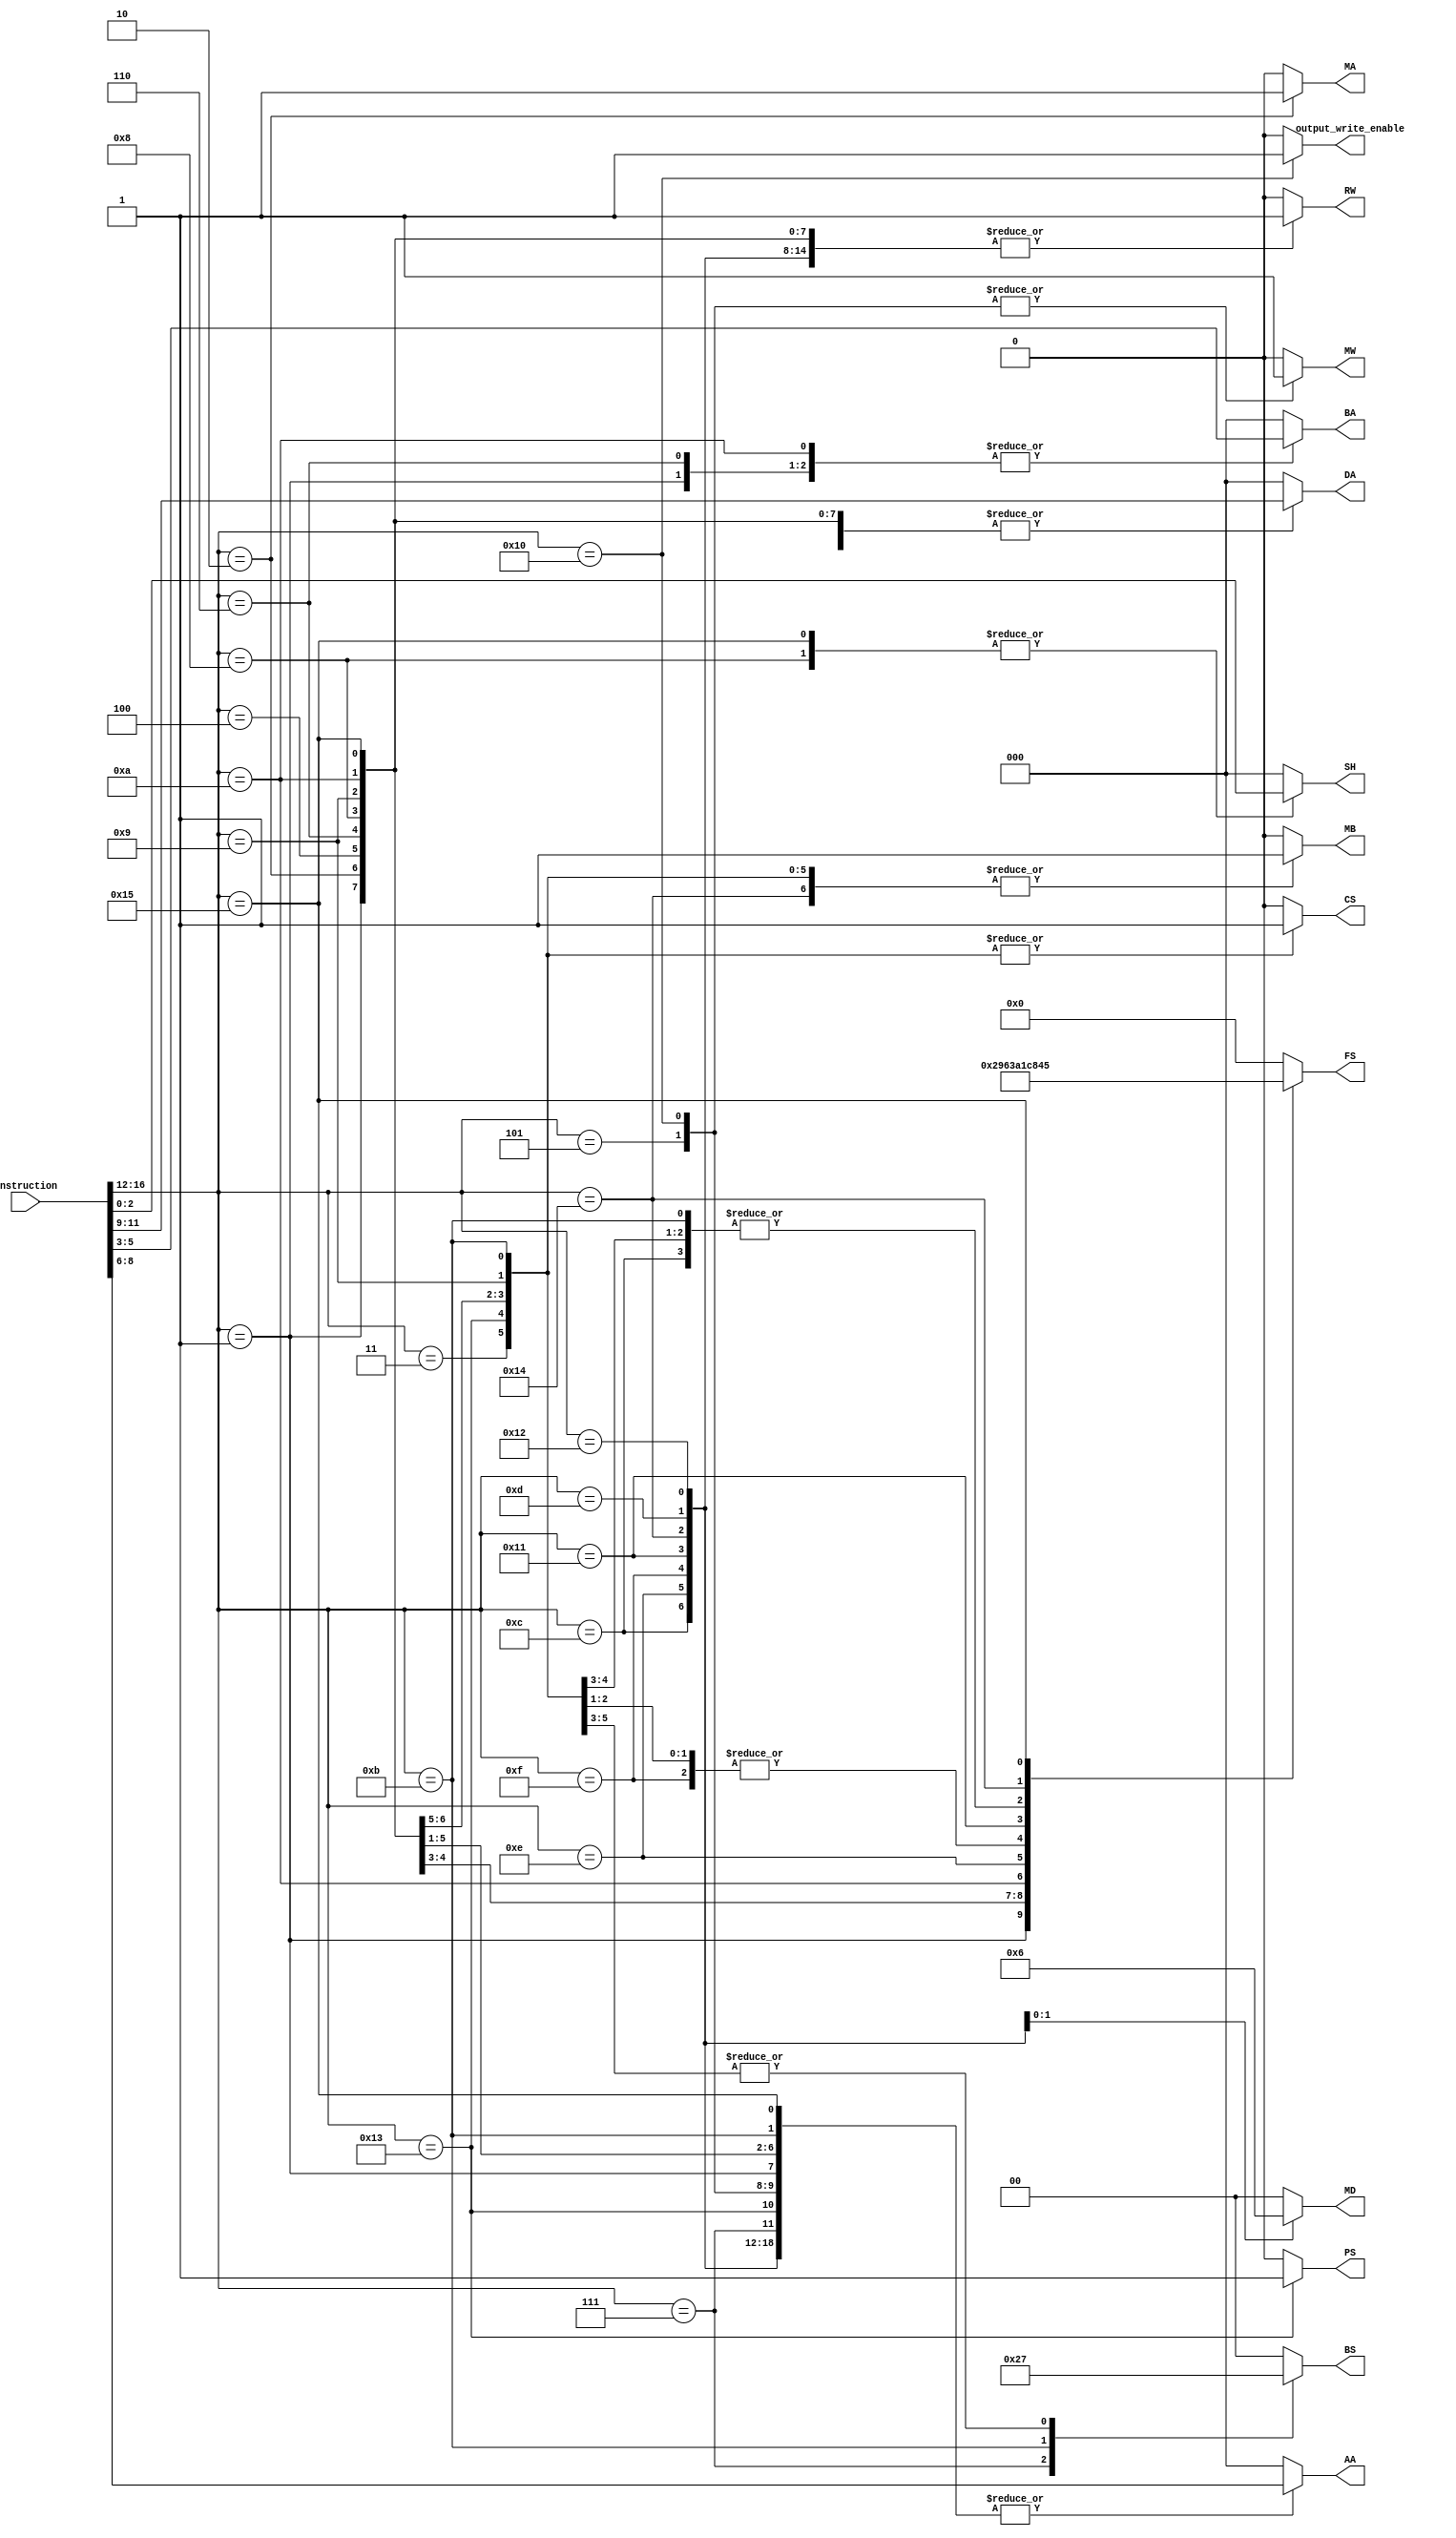
`timescale 1ns / 1ps

module inst_decoder(
    input [16:0] instruction,
    output  RW,
    output  [2:0] DA,//DA WIREddress,
    output [1:0] MD ,//muxd select,
    output [1:0] BS, //branch select,
    output PS,//zero toggle,
    output MW,//memory_write,
    output [3:0] FS,//function select
    output MA,//mux a select 
    output MB,// mux  b select 
    output [2:0]AA, //register a address
    output [2:0]BA, // register b address
    output CS, // constant AA_WIRE
    output [2:0] SH, //shift registers
    output output_write_enable );
    
parameter NOP = 5'b00000; // nop
parameter SUB = 5'b00001; // sub r1,r2,r3
parameter JML = 5'b00010; // jml r2, r3
parameter JMP =	5'b00011; // jmp [r2]
parameter AIU =	5'b00100; // aiu r3,r2,06H
parameter ST  = 5'b00101; // st [r2] r1
parameter AND = 5'b00110; // and r3,r2,r1
parameter JMR =	5'b00111; // jmp r2
parameter LSL =	5'b01000; // lsl r3 , 03H
parameter ADI = 5'b01001; // add r3 r2 03H 
parameter OR  = 5'b01010; // xor r4 r3 r2
parameter BZ  = 5'b01011; // bz r2 20H
parameter MOV = 5'b01100; // mov r2 r1
parameter LD  = 5'b01101; // ld r4 [r1]
parameter SLT = 5'b01110; // slt r3 r2 r1
parameter ADD = 5'b01111; // add r3 r2 r1
parameter OUT = 5'b10000; // out r3 [r2] 
parameter NOT = 5'b10001; // not r2 
parameter IN  = 5'b10010; // in r7 [r4]
parameter BNZ = 5'b10011; // bnz r2
parameter XRI = 5'b10100; // or r3 r2 35H
parameter LSR = 5'b10101; // lsR r3 , 03H

reg RW_WIRE;
reg [2:0] DA_WIRE;  //DA WIREtAA WIREddress,
reg[1:0] MD_WIRE ;//muxd select,
reg[1:0] BS_WIRE;  //branch select,
reg  PS_WIRE ; //zero toggle,
reg  MW_WIRE ; //memory write,
reg [3:0] FS_WIRE; //function select
reg MA_WIRE ; //mux a select 
reg MB_WIRE ; // mux  b select 
reg [2:0]AA_WIRE ; //register a address
reg [2:0]BA_WIRE ; // register b address
reg CS_WIRE ; // constant AA WIRE
reg [2:0] SH_WIRE;
reg [4:0] opcode;
reg output_write_enable_wire;

always@(*) begin

opcode = instruction[16:12]; 

case(opcode)
    NOP:begin    //1
    RW_WIRE = 1'b0; DA_WIRE = 3'b000; MD_WIRE = 2'b00;BS_WIRE = 2'b00;PS_WIRE = 1'b0;MW_WIRE = 1'b0;FS_WIRE = 4'b0000; MA_WIRE = 1'b0; MB_WIRE = 1'b0; AA_WIRE = 3'b000; BA_WIRE = 3'b000; CS_WIRE = 1'b0;SH_WIRE=3'h0; output_write_enable_wire = 1'b0;
    end 
    SUB:begin // 2
    RW_WIRE = 1'b1; DA_WIRE = instruction[11:9]; MD_WIRE = 2'b00;BS_WIRE = 2'b00;PS_WIRE = 1'b0;MW_WIRE = 1'b0;FS_WIRE = 4'b0010; MA_WIRE = 1'b0; MB_WIRE = 1'b0; AA_WIRE = instruction[8:6]; BA_WIRE = instruction[5:3]; CS_WIRE = 1'b0;SH_WIRE = 3'h0; output_write_enable_wire = 1'b0; 
    end 
    JML:begin   //3
    RW_WIRE = 1'b1; DA_WIRE = instruction[11:9]; MD_WIRE = 2'b00;BS_WIRE = 2'b11;PS_WIRE = 1'b0;MW_WIRE = 1'b0 ;FS_WIRE = 4'b1000; MA_WIRE = 1'b1; MB_WIRE = 1'b1; AA_WIRE = 3'b000; BA_WIRE = 3'b000; CS_WIRE = 1'b1;SH_WIRE = 3'h0;SH_WIRE=3'h0; output_write_enable_wire = 1'b0; 
    end 
    JMP:begin //4
    RW_WIRE = 1'b0; DA_WIRE = 3'b000; MD_WIRE = 2'b00;BS_WIRE = 2'b11;PS_WIRE = 1'b0;MW_WIRE = 1'b0;FS_WIRE = 4'b0000; MA_WIRE = 1'b0; MB_WIRE = 1'b1; AA_WIRE = 3'b000; BA_WIRE = 3'b000; CS_WIRE = 1'b1;SH_WIRE = 3'h0;  output_write_enable_wire = 1'b0; 
    end 
    AIU:begin //5
    RW_WIRE = 1'b1; DA_WIRE = instruction[11:9]; MD_WIRE = 2'b00;BS_WIRE = 2'b00;PS_WIRE = 1'b0;MW_WIRE = 1'b0;FS_WIRE = 4'b0001; MA_WIRE = 1'b0; MB_WIRE = 1'b1; AA_WIRE = instruction[8:6]; BA_WIRE = 3'b000; CS_WIRE = 1'b1;SH_WIRE = 3'h0; output_write_enable_wire = 1'b0; 
    end
    ST:begin  //6
    RW_WIRE = 1'b0; DA_WIRE = instruction[11:9]; MD_WIRE = 2'b00;BS_WIRE = 2'b00;PS_WIRE = 1'b0;MW_WIRE = 1'b1;FS_WIRE = 4'b0000; MA_WIRE = 1'b0; MB_WIRE = 1'b0; AA_WIRE = instruction[8:6]; BA_WIRE = instruction[5:3]; CS_WIRE = 1'b0; SH_WIRE = 3'h0;output_write_enable_wire = 1'b0; 
    end 
    AND:begin  //7
    RW_WIRE = 1'b1; DA_WIRE = instruction[11:9]; MD_WIRE = 2'b00;BS_WIRE = 2'b00;PS_WIRE = 1'b0;MW_WIRE = 1'b0;FS_WIRE = 4'b1001; MA_WIRE = 1'b0; MB_WIRE = 1'b0; AA_WIRE = instruction[8:6]; BA_WIRE = instruction[5:3]; CS_WIRE = 1'b0; SH_WIRE = 3'h0; output_write_enable_wire = 1'b0;
    end
    JMR:begin  //8
    RW_WIRE = 1'b0; DA_WIRE = 3'b000; MD_WIRE = 2'b00;BS_WIRE = 2'b10;PS_WIRE = 1'b0;MW_WIRE = 1'b0;FS_WIRE = 4'b0000; MA_WIRE = 1'b0; MB_WIRE = 1'b0; AA_WIRE = instruction[8:6]; BA_WIRE = 3'b000; CS_WIRE = 1'b0; SH_WIRE = 3'h0;output_write_enable_wire = 1'b0; 
    end 
    LSL:begin  //9
    RW_WIRE = 1'b1; DA_WIRE = instruction[11:9]; MD_WIRE = 2'b00;BS_WIRE = 2'b00;PS_WIRE = 1'b0;MW_WIRE = 1'b0;FS_WIRE = 4'b0110; MA_WIRE = 1'b0; MB_WIRE = 1'b0; AA_WIRE = instruction[8:6]; BA_WIRE = 3'b000; CS_WIRE = 1'b0;SH_WIRE = instruction[2:0];output_write_enable_wire = 1'b0;  
    end 
    ADI:begin  //10
    RW_WIRE = 1'b1; DA_WIRE = instruction[11:9]; MD_WIRE = 2'b00;BS_WIRE = 2'b00;PS_WIRE = 1'b0;MW_WIRE = 1'b0;FS_WIRE = 4'b0001; MA_WIRE = 1'b0; MB_WIRE = 1'b1; AA_WIRE = instruction[8:6]; BA_WIRE = 3'b000; CS_WIRE = 1'b1;SH_WIRE=3'h0;output_write_enable_wire = 1'b0;  
    end 
    OR:begin //11
    RW_WIRE = 1'b1; DA_WIRE = instruction[11:9]; MD_WIRE = 2'b00;BS_WIRE = 2'b00;PS_WIRE = 1'b0;MW_WIRE = 1'b0;FS_WIRE = 4'b0011; MA_WIRE = 1'b0; MB_WIRE = 1'b0; AA_WIRE = instruction[8:6]; BA_WIRE = instruction[5:3]; CS_WIRE = 1'b0;SH_WIRE=3'h0; output_write_enable_wire = 1'b0; 
    end
    BZ:begin  //12
    RW_WIRE = 1'b0; DA_WIRE = 3'b000; MD_WIRE = 2'b00;BS_WIRE = 2'b01;PS_WIRE = 1'b0;MW_WIRE = 1'b0;FS_WIRE = 4'b1000; MA_WIRE = 1'b0; MB_WIRE = 1'b1; AA_WIRE = instruction[8:6]; BA_WIRE = 3'b000; CS_WIRE = 1'b1;SH_WIRE =3'h0;output_write_enable_wire = 1'b0;  
    end 
    MOV:begin //13
    RW_WIRE = 1'b1; DA_WIRE = instruction[11:9]; MD_WIRE = 2'b00;BS_WIRE = 2'b00;PS_WIRE = 1'b0;MW_WIRE = 1'b0;FS_WIRE = 4'b1000; MA_WIRE = 1'b0; MB_WIRE = 1'b0; AA_WIRE = instruction[8:6]; BA_WIRE = 3'b000; CS_WIRE = 1'b0;SH_WIRE = 3'h0; output_write_enable_wire = 1'b0; 
    end 
    LD:begin  //14
    RW_WIRE = 1'b1; DA_WIRE = instruction[11:9]; MD_WIRE = 2'b01;BS_WIRE = 2'b00;PS_WIRE = 1'b0;MW_WIRE = 1'b0;FS_WIRE = 4'b0000; MA_WIRE = 1'b0; MB_WIRE = 1'b0; AA_WIRE = instruction[8:6]; BA_WIRE = 3'b000; CS_WIRE = 1'b0;SH_WIRE = 3'h0; output_write_enable_wire = 1'b0; 
    end 
    SLT:begin //15
    RW_WIRE = 1'b1; DA_WIRE = instruction[11:9]; MD_WIRE = 2'b00;BS_WIRE = 2'b00;PS_WIRE = 1'b0;MW_WIRE = 1'b0;FS_WIRE = 4'b1010; MA_WIRE = 1'b0; MB_WIRE = 1'b0; AA_WIRE = instruction[8:6]; BA_WIRE = instruction[5:3]; CS_WIRE = 1'b0;SH_WIRE = 3'h0;  output_write_enable_wire = 1'b0;
    end 
    ADD:begin //16
    RW_WIRE = 1'b1; DA_WIRE = instruction[11:9]; MD_WIRE = 2'b00;BS_WIRE = 2'b00;PS_WIRE = 1'b0;MW_WIRE = 1'b0;FS_WIRE = 4'b0001; MA_WIRE = 1'b0; MB_WIRE = 1'b0; AA_WIRE = instruction[8:6]; BA_WIRE = instruction[5:3]; CS_WIRE = 1'b0;SH_WIRE = 3'h0; output_write_enable_wire = 1'b0; 
    end
    OUT:begin  //17
    RW_WIRE = 1'b0; DA_WIRE = 3'b000; MD_WIRE = 2'b00;BS_WIRE = 2'b00;PS_WIRE = 1'b0;MW_WIRE = 1'b1;FS_WIRE = 4'b0000; MA_WIRE = 1'b0; MB_WIRE = 1'b0; AA_WIRE = instruction[8:6]; BA_WIRE = instruction[5:3]; CS_WIRE = 1'b0;SH_WIRE=3'h0; output_write_enable_wire = 1'b1; 
    end 
    NOT:begin //18
    RW_WIRE = 1'b1; DA_WIRE = instruction[11:9]; MD_WIRE = 2'b00;BS_WIRE = 2'b00;PS_WIRE = 1'b0;MW_WIRE = 1'b0;FS_WIRE = 4'b1100; MA_WIRE = 1'b0; MB_WIRE = 1'b0; AA_WIRE = instruction[8:6]; BA_WIRE = 3'b000; CS_WIRE = 1'b0;SH_WIRE=3'h0; output_write_enable_wire = 1'b0; 
    end 
    IN:begin //19
    RW_WIRE = 1'b1; DA_WIRE = instruction[11:9]; MD_WIRE = 2'b10;BS_WIRE = 2'b00;PS_WIRE = 1'b0;MW_WIRE = 1'b0;FS_WIRE = 4'b0000; MA_WIRE = 1'b0; MB_WIRE = 1'b0; AA_WIRE = instruction[8:6]; BA_WIRE = 3'b000; CS_WIRE = 1'b0;SH_WIRE=3'h0; output_write_enable_wire = 1'b0; 
    end 
    BNZ:begin //20
    RW_WIRE = 1'b0; DA_WIRE = 3'b000; MD_WIRE = 2'b00;BS_WIRE = 2'b11;PS_WIRE = 1'b1;MW_WIRE = 1'b0;FS_WIRE = 4'b1000; MA_WIRE = 1'b0; MB_WIRE = 1'b1; AA_WIRE = instruction[8:6]; BA_WIRE = 3'b000; CS_WIRE = 1'b1;SH_WIRE= 3'h0; output_write_enable_wire = 1'b0; 
    end 
    XRI:begin  //21
    RW_WIRE = 1'b1; DA_WIRE = instruction[11:9]; MD_WIRE = 2'b00;BS_WIRE = 2'b00;PS_WIRE = 1'b0;MW_WIRE = 1'b0;FS_WIRE = 4'b0100; MA_WIRE = 1'b0; MB_WIRE = 1'b1; AA_WIRE = instruction[8:6]; BA_WIRE = 3'b000; CS_WIRE = 1'b0;SH_WIRE=3'h0; output_write_enable_wire = 1'b0;  
    end 
    LSR:begin  //22
    RW_WIRE = 1'b1; DA_WIRE = instruction[11:9]; MD_WIRE = 2'b00;BS_WIRE = 2'b00;PS_WIRE = 1'b0;MW_WIRE = 1'b0;FS_WIRE = 4'b0101; MA_WIRE = 1'b0; MB_WIRE = 1'b0; AA_WIRE = instruction[8:6]; BA_WIRE = 3'b000; CS_WIRE = 1'b0;SH_WIRE = instruction[2:0];output_write_enable_wire = 1'b0;  
    end 
    default: begin
    RW_WIRE = 1'b0; DA_WIRE = 3'b000; MD_WIRE = 2'b00;BS_WIRE = 2'b00;PS_WIRE = 1'b0;MW_WIRE = 1'b0;FS_WIRE = 4'b0000; MA_WIRE = 1'b0; MB_WIRE = 1'b0; AA_WIRE = 3'b000; BA_WIRE = 3'b000; CS_WIRE = 1'b0;SH_WIRE=3'h0;output_write_enable_wire = 1'b0;
    end 
    endcase
end

assign RW = RW_WIRE;
assign DA = DA_WIRE;
assign MD = MD_WIRE;
assign BS = BS_WIRE;
assign PS = PS_WIRE;
assign MW = MW_WIRE;
assign FS = FS_WIRE;
assign MA = MA_WIRE;
assign MB = MB_WIRE;
assign AA = AA_WIRE;
assign BA = BA_WIRE;
assign CS = CS_WIRE;
assign SH = SH_WIRE;
assign output_write_enable = output_write_enable_wire;

endmodule